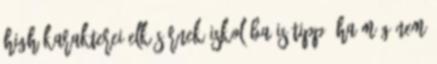
High karakterei elkísérnek iskolába is Tipp: ha még nem